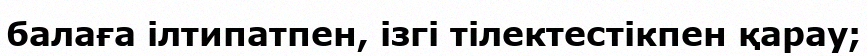
балаға ілтипатпен, ізгі тілектестікпен қарау;